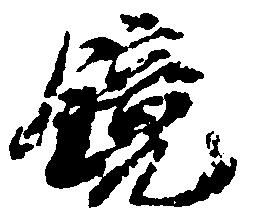
鏡